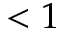
< 1